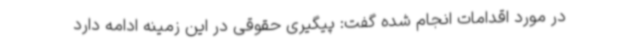
در مورد اقدامات انجام شده گفت: پیگیری حقوقی در این زمینه ادامه دارد